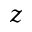
z